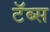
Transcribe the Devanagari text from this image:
टॅब्स